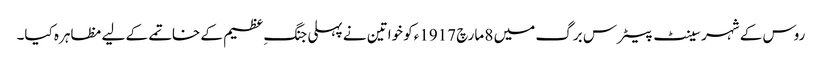
روس کے شہر سینٹ پیٹرس برگ میں 8 مارچ 1917ءکو خواتین نے پہلی جنگِ عظیم کے خاتمے کے لیے مظاہرہ کیا۔